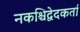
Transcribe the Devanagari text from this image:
नकश्चिद्वेदकर्ता